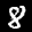
Label: 8